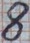
Text: 8